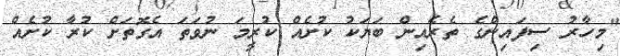
"މިހާރު ސިފައިންގެ ތެރެއިން ބަޔަކު ކުށެއް ކުރީމަ ނުވަތަ އެގޮތަށް ކުރާ ކުށެއް